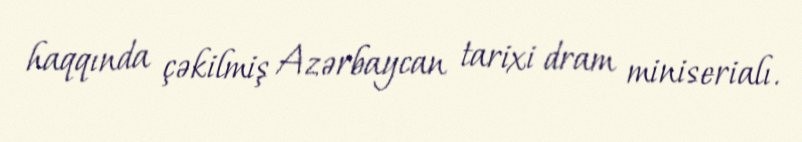
haqqında çəkilmiş Azərbaycan tarixi dram miniserialı.